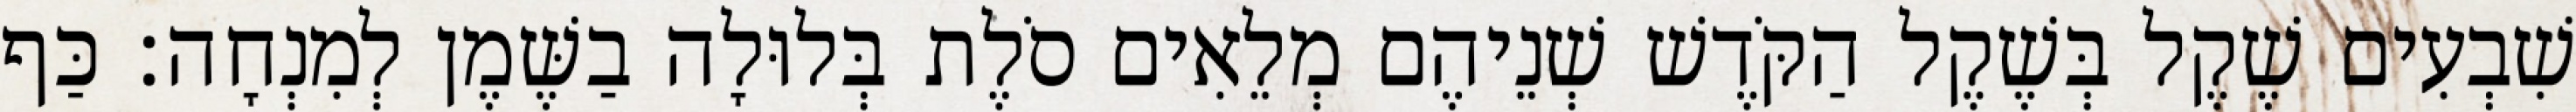
שִׁבְעִים שֶׁקֶל בְּשֶׁקֶל הַקֹּדֶשׁ שְׁנֵיהֶם מְלֵאִים סֹלֶת בְּלוּלָה בַשֶּׁמֶן לְמִנְחָה׃ כַּף